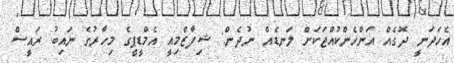
އެހަދަނީ ދޮގެއް އަންހެންކުއްޖަކަށް ލަނޑެއް ނުދެން: ޝިފާޒްމިއީ އެމްޑީޕީގެ މިހާރުގެ ނައިބު ރައީސް